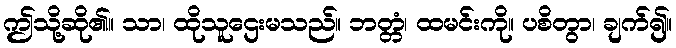
ဤသို့ဆို၏။ သာ၊ ထိုသူဌေးမသည်။ ဘတ္တံ၊ ထမင်းကို။ ပစိတွာ၊ ချက်၍။